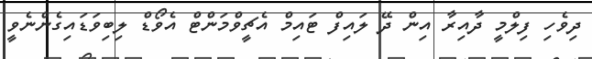
ދިވެހި ފިލްމީ ދާއިރާ އިން ދޭ ލައިފް ޓައިމް އެޗީވްމަންޓް އެވޯޑް ލިބިވަޑައިގެންނެވީ